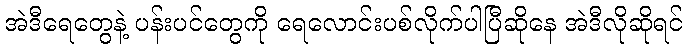
အဲဒီရေတွေနဲ့ ပန်းပင်တွေကို ရေလောင်းပစ်လိုက်ပါပြီဆိုနေ အဲဒီလိုဆိုရင်